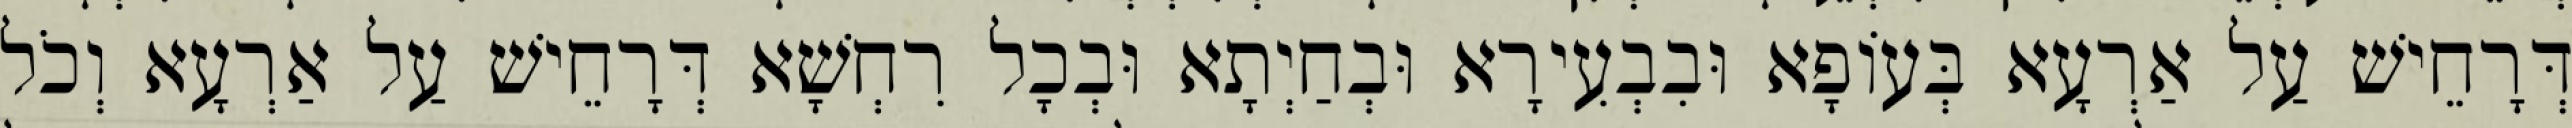
דְּרָחֵישׁ עַל אַרְעָא בְּעוֹפָא וּבִבְעִירָא וּבְחַיְתָא וּבְכָל רִחְשָׁא דְּרָחֵישׁ עַל אַרְעָא וְכֹל